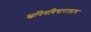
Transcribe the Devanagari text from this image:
स्वनिमविचारालाच